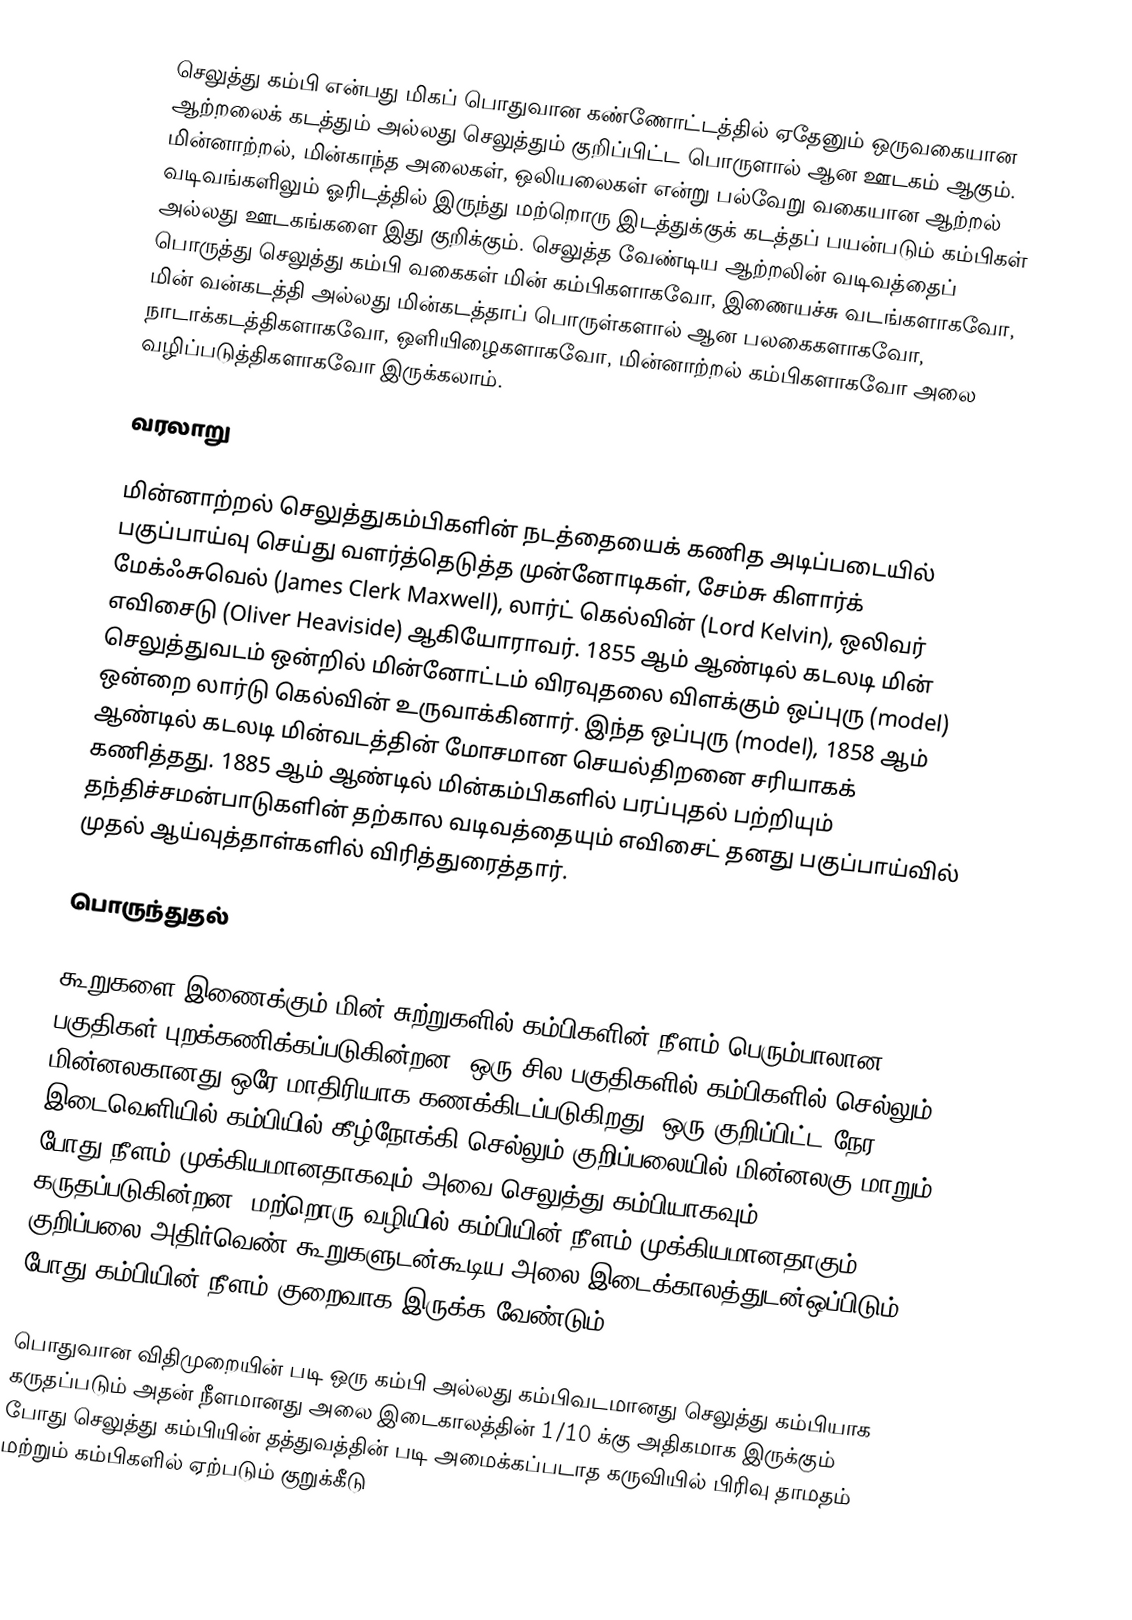
செலுத்து கம்பி என்பது மிகப் பொதுவான கண்ணோட்டத்தில் ஏதேனும் ஒருவகையான ஆற்றலைக் கடத்தும் அல்லது செலுத்தும் குறிப்பிட்ட பொருளால் ஆன ஊடகம் ஆகும். மின்னாற்றல், மின்காந்த அலைகள், ஒலியலைகள் என்று பல்வேறு வகையான ஆற்றல் வடிவங்களிலும் ஓரிடத்தில் இருந்து மற்றொரு இடத்துக்குக் கடத்தப் பயன்படும் கம்பிகள் அல்லது ஊடகங்களை இது குறிக்கும். செலுத்த வேண்டிய ஆற்றலின் வடிவத்தைப் பொருத்து செலுத்து கம்பி வகைகள் மின் கம்பிகளாகவோ, இணையச்சு வடங்களாகவோ, மின் வன்கடத்தி அல்லது மின்கடத்தாப் பொருள்களால் ஆன பலகைகளாகவோ, நாடாக்கடத்திகளாகவோ, ஒளியிழைகளாகவோ, மின்னாற்றல் கம்பிகளாகவோ அலை வழிப்படுத்திகளாகவோ இருக்கலாம்.

வரலாறு

மின்னாற்றல் செலுத்துகம்பிகளின் நடத்தையைக் கணித அடிப்படையில் பகுப்பாய்வு செய்து வளர்த்தெடுத்த முன்னோடிகள், சேம்சு கிளார்க் மேக்ஃசுவெல் (James Clerk Maxwell), லார்ட் கெல்வின் (Lord Kelvin), ஒலிவர் எவிசைடு (Oliver Heaviside) ஆகியோராவர். 1855 ஆம் ஆண்டில் கடலடி மின் செலுத்துவடம் ஒன்றில் மின்னோட்டம் விரவுதலை விளக்கும் ஒப்புரு (model) ஒன்றை லார்டு கெல்வின் உருவாக்கினார். இந்த ஒப்புரு (model), 1858 ஆம் ஆண்டில் கடலடி மின்வடத்தின் மோசமான செயல்திறனை சரியாகக் கணித்தது. 1885 ஆம் ஆண்டில் மின்கம்பிகளில் பரப்புதல் பற்றியும் தந்திச்சமன்பாடுகளின் தற்கால வடிவத்தையும் எவிசைட் தனது பகுப்பாய்வில் முதல் ஆய்வுத்தாள்களில் விரித்துரைத்தார்.

பொருந்துதல்

கூறுகளை இணைக்கும் மின் சுற்றுகளில் கம்பிகளின் நீளம் பெரும்பாலான பகுதிகள் புறக்கணிக்கப்படுகின்றன. ஒரு சில பகுதிகளில் கம்பிகளில் செல்லும் மின்னலகானது ஒரே மாதிரியாக கணக்கிடப்படுகிறது. ஒரு குறிப்பிட்ட நேர இடைவெளியில் கம்பியில் கீழ்நோக்கி செல்லும் குறிப்பலையில் மின்னலகு மாறும் போது நீளம் முக்கியமானதாகவும் அவை செலுத்து கம்பியாகவும் கருதப்படுகின்றன. மற்றொரு வழியில் கம்பியின் நீளம் முக்கியமானதாகும் குறிப்பலை அதிர்வெண் கூறுகளுடன்கூடிய அலை இடைக்காலத்துடன்ஒப்பிடும் போது கம்பியின் நீளம் குறைவாக இருக்க வேண்டும்.

பொதுவான விதிமுறையின் படி ஒரு கம்பி அல்லது கம்பிவடமானது செலுத்து கம்பியாக கருதப்படும் அதன் நீளமானது அலை இடைகாலத்தின் 1/10 க்கு அதிகமாக இருக்கும் போது செலுத்து கம்பியின் தத்துவத்தின் படி அமைக்கப்படாத கருவியில் பிரிவு தாமதம் மற்றும் கம்பிகளில் ஏற்படும் குறுக்கீடு